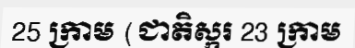
25 ក្រាម (ជាតិស្ករ 23 ក្រាម